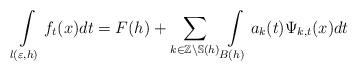
LaTeX: \begin{align*}\int\limits_{l(\varepsilon,h)}f_{t}(x)dt=F(h)+\sum_{k\in\mathbb{Z}\backslash\mathbb{S}(h)}\int\limits_{B(h)}a_{k}(t)\Psi_{k,t}(x)dt\end{align*}